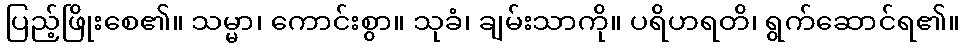
ပြည့်ဖြိုးစေ၏။ သမ္မာ၊ ကောင်းစွာ။ သုခံ၊ ချမ်းသာကို။ ပရိဟရတိ၊ ရွက်ဆောင်ရ၏။